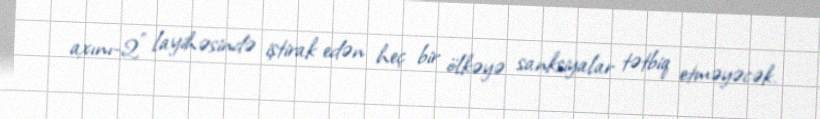
axını-2" layihəsində iştirak edən heç bir ölkəyə sanksiyalar tətbiq etməyəcək.